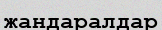
жандаралдар